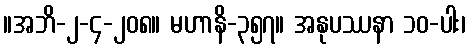
။အဘိ-၂-၄-၂၀၈။ မဟာနိ-၃၅၇။ အနုပဿနာ ၁၀-ပါး၊